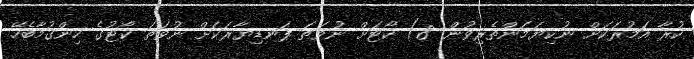
ކުރާ އަމުރަކަށް ނުކިޔަމަންތެރިވުން. 8) ކޯޓަށް ނުވަތަ ފަނޑިޔާރަކަށް ނުވަތަ ކޯޓުގެ ހިންގުމާބެހޭ